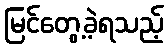
မြင်တွေ့ခဲ့ရသည့်